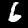
Label: 6